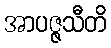
အာပဇ္ဇသီတိ